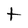
Character: t